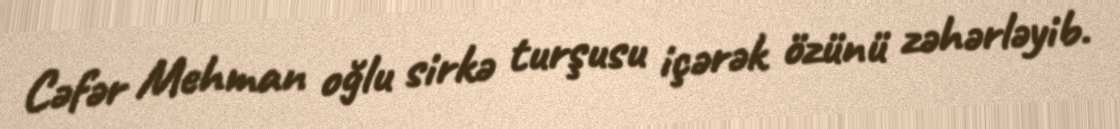
Cəfər Mehman oğlu sirkə turşusu içərək özünü zəhərləyib.